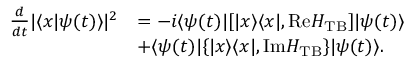
\begin{array} { r l } { \frac { d } { d t } | \langle x | \psi ( t ) \rangle | ^ { 2 } } & { = - i \langle \psi ( t ) | [ | x \rangle \langle x | , \mathrm { R e } H _ { \mathrm { T B } } ] | \psi ( t ) \rangle } \\ & { + \langle \psi ( t ) | \{ | x \rangle \langle x | , \mathrm { I m } H _ { \mathrm { T B } } \} | \psi ( t ) \rangle . } \end{array}